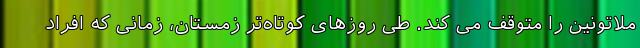
ملاتونین را متوقف می کند. طی روزهای کوتاه‌تر زمستان، زمانی که افراد